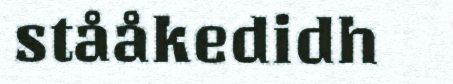
stååkedidh